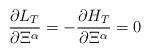
LaTeX: \begin{align*}\frac{\partial L_{T}}{\partial \Xi^{\alpha}}=-\frac{\partial H_{T}}{\partial \Xi^{\alpha}}=0\end{align*}